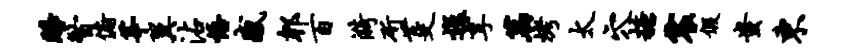
睡瞥俯莘翼沾悟感郫百漪斫芟迤享篇烤太穴糖震假蚩东